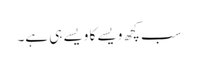
سب کچھ ویسے کا ویسے ہی ہے۔